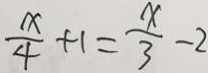
\frac { x } { 4 } + 1 = \frac { x } { 3 } - 2